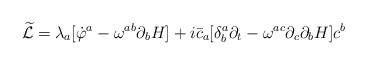
\begin{align*}{\widetilde{\cal L}}=\lambda_{a}[{\dot\varphi }^{a}-\omega^{ab}\partial_{b}H]+i{\bar c}_{a}[\delta^{a}_{b}\partial_{t}-\omega^{ac}\partial_{c}\partial_{b}H]c^{b}\end{align*}